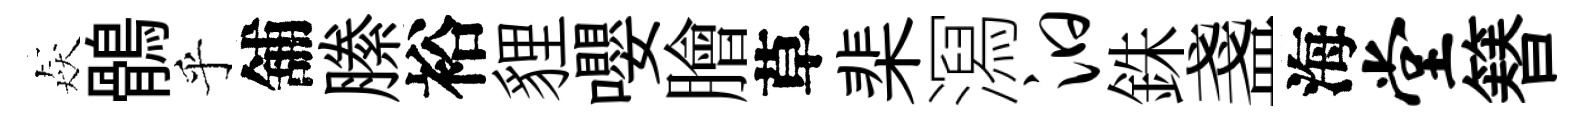
猋鶻乎舖縢裕貍嚶膾草棐㵼汩銖盞海堂簮